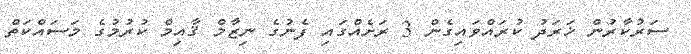
ސަރުކާރުން ޚަރަދު ކުރައްވައިގެން 3 ރަށެއްގައި ފެނުގެ ނިޒާމް ޤާއިމް ކުރުމުގެ މަސައްކަތް